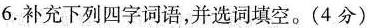
6.补充下列四字词语，并选词填空。(4分)